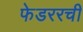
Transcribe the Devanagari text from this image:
फेडररची